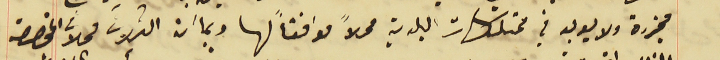
مجزرة ولا يوجد في ممتلكات البلدية محلاً موافقاً لها وبما ان الثلاث محلات المخصصة